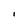
Character: I